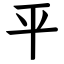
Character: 平